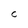
Character: a